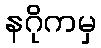
နဂိုကမှ